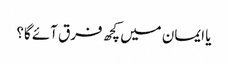
یا ایمان میں کچھ فرق آئے گا؟